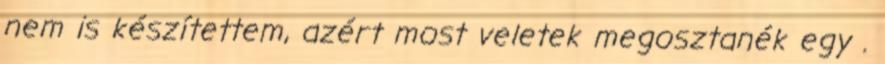
nem is készítettem, azért most veletek megosztanék egy .